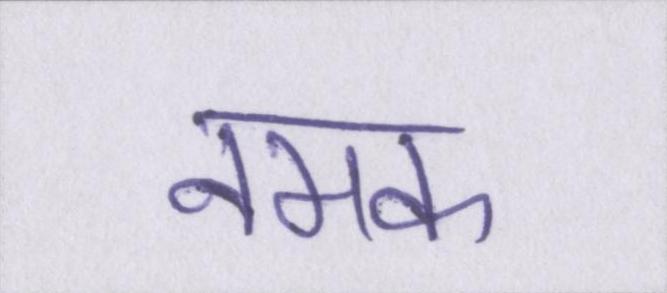
नमक